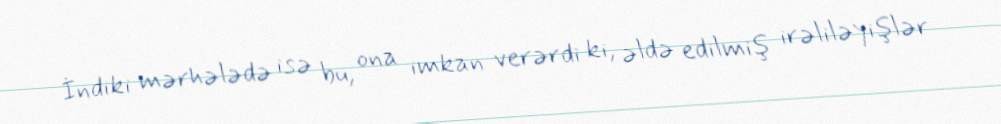
İndiki mərhələdə isə bu, ona imkan verərdi ki, əldə edilmiş irəliləyişlər